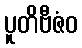
ပူတိဗီဇံဝ